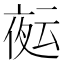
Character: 𭐻